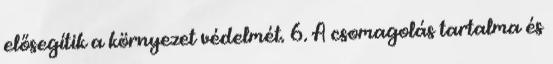
elősegítik a környezet védelmét. 6. A csomagolás tartalma és